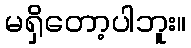
မရှိတော့ပါဘူး။